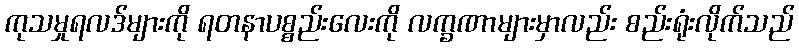
ကုသမှုရလဒ်များကို ရတနာပစ္စည်းလေးကို လက္ခဏာများမှာလည်း စည်းရုံးလိုက်သည်